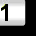
Digit: 1